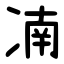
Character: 㓓